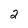
Character: 2